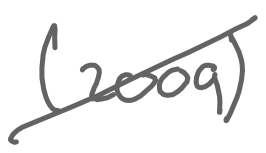
Text: (2009)
Cross-out: diagonal
Writing tool: digital_gray